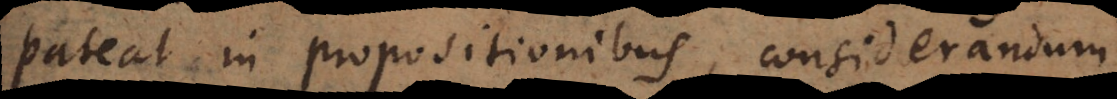
pateat in propositionibus, considerandum